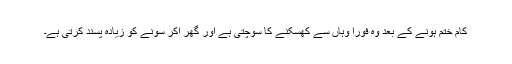
کام ختم ہونے کے بعد وہ فوراً وہاں سے کھسکنے کا سوچتی ہے اور گھر آکر سونے کو زیادہ پسند کرتی ہے۔